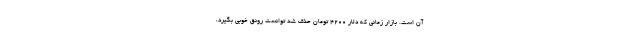
آن است. بازار زمانی که دلار ۴۲۰۰ تومان حذف شد توانست رونق خوبی بگیرد،